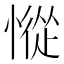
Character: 𢠰